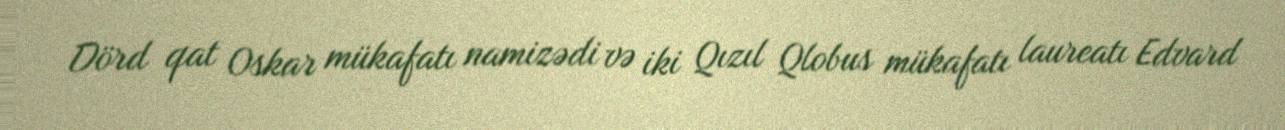
Dörd qat Oskar mükafatı namizədi və iki Qızıl Qlobus mükafatı laureatı Edvard